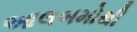
આલબમોથી